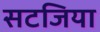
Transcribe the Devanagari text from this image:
सटजिया